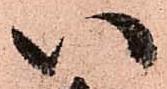
い